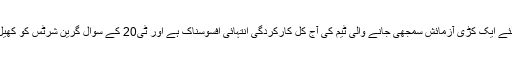
افسوسناک امر یہ کہ ماضی میں دنیا کی بڑی بڑی ٹیموں کیلئے ایک کڑی آزمائش سمجھی جانے والی ٹیم کی آج کل کارکردگی انتہائی افسوسناک ہے اور ٹی20 کے سوال گرین شرٹس کو کھیل کے دونوں بڑے فارمیٹس میں مستقل جدوجہد کا سامنا ہے۔